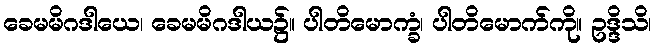
ခေမမိဂဒါယေ၊ ခေမမိဂဒါယ၌။ ပါတိမောက္ခံ၊ ပါတိမောက်ကို။ ဥဒ္ဒိသိ၊